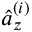
\hat { a } _ { z } ^ { ( i ) }